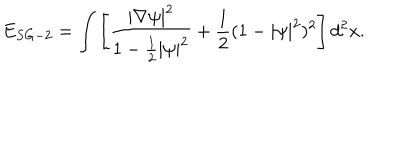
E _ { S G - 2 } = \int \left[ \frac { | \nabla \psi | ^ { 2 } } { 1 - \frac { 1 } { 2 } | \psi | ^ { 2 } } + \frac { 1 } { 2 } ( 1 - | \psi | ^ { 2 } ) ^ { 2 } \right] { d ^ { 2 } x } .